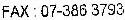
FAX : 07-386 3793